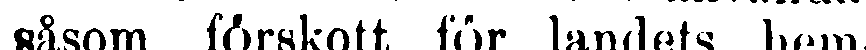
såsom förskott för landets hem-